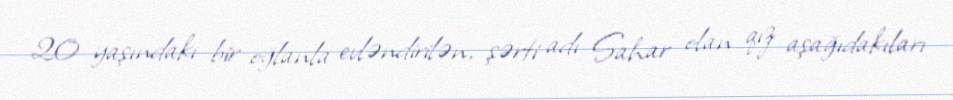
20 yaşındakı bir oğlanla evləndirilən, şərti adı Sahar olan qız aşağıdakıları